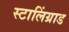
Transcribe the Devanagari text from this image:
स्टालिंग्राड